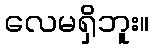
လေမရှိဘူး။